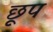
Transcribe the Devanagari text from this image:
छूप